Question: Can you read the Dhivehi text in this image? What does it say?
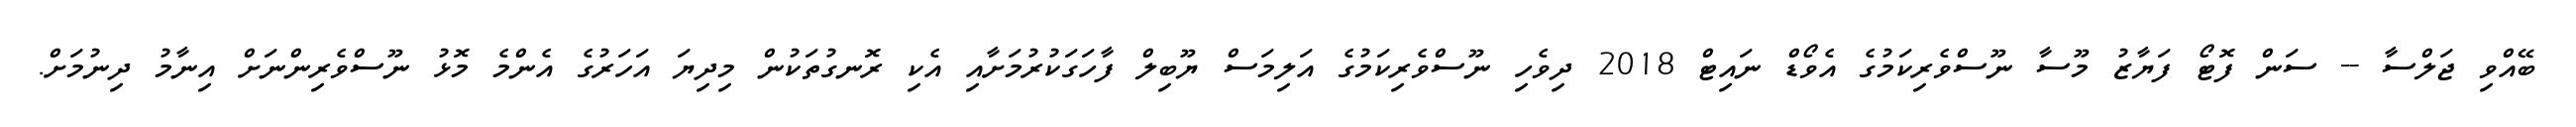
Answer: ބޭއްވި ޖަލްސާ -- ސަން ފޮޓޯ ފަޔާޒު މޫސާ ނޫސްވެރިކަމުގެ އެވޯޑް ނައިޓް 2018 ދިވެހި ނޫސްވެރިކަމުގެ އަލިމަސް ޔޫބިލް ފާހަގަކުރުމަށާއި އެކި ރޮނގުތަކުން މިދިޔަ އަހަރުގެ އެންމެ މޮޅު ނޫސްވެރިންނަށް އިނާމު ދިނުމަށް.